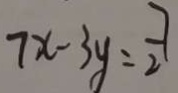
7 x - 3 y = \frac { 7 } { 2 }